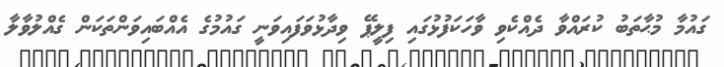
ގައުމާ މުޙާތަބު ކުރައްވާ ދެއްކެވި ވާހަކަފުޅުގައި ފިލީޕޭ ވިދާޅުވަފައިވަނީ ގައުމުގެ އެއްބައިވަންތަކަން ގެއްލުވާލާ